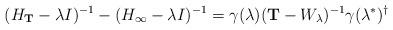
LaTeX: \begin{align*}(H_{\mathbf{T}}-\lambda{I})^{-1}-(H_\infty-\lambda{I})^{-1}=\gamma(\lambda)(\mathbf{T}-W_\lambda)^{-1}\gamma(\lambda^*)^\dag\end{align*}